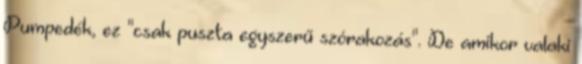
Pumpedék, ez "csak puszta egyszerű szórakozás". De amikor valaki